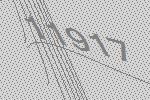
11917